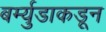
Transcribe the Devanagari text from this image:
बर्म्युडाकडून